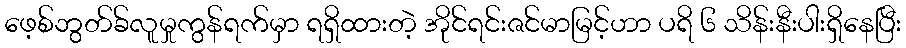
ဖေ့စ်ဘွတ်ခ်လူမှုကွန်ရက်မှာ ရရှိထားတဲ့ အိုင်ရင်းဇင်မာမြင့်ဟာ ပရိ ၆ သိန်းနီးပါးရှိနေပြီး